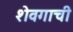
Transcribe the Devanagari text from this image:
शेवगाची